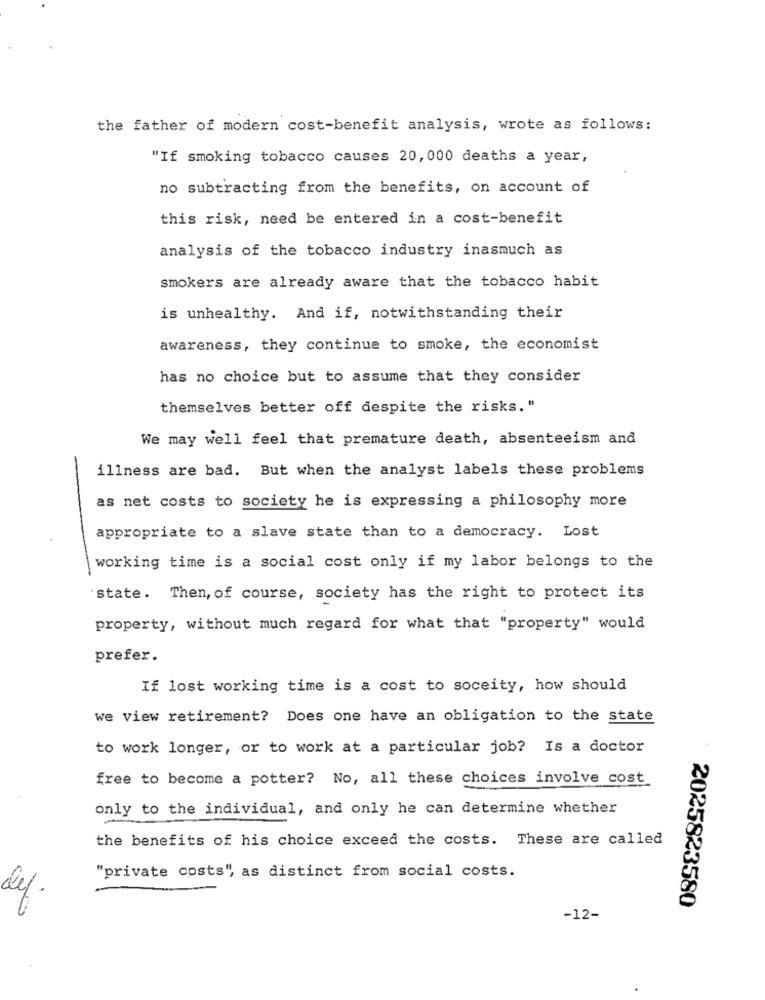
the father of modern cost-benefit analysis, wrote as follows:
"If smoking tobacco causes 20,000 deaths a year,
no subtracting from the benefits, on account of
this risk, need be entered in a cost-benefit
analysis of the tobacco industry inasmuch as
smokers are already aware that the tobacco habit
is unhealthy. And if, notwithstanding their
awareness, they continue to smoke, the economist
has no choice but to assume that they consider
themselves better off despite the risks."
We may well feel that premature death, absenteeism and
illness are bad. But when the analyst labels these problems
as net costs to society he is expressing a philosophy more
appropriate to a slave state than to a democracy. Lost
working time is a social cost only if my labor belongs to the
state. Then, of course, society has the right to protect its
property, without much regard for what that "property" would
prefer.
If lost working time is a cost to soceity, how should
we view retirement? Does one have an obligation to the state
to work longer, or to work at a particular job? Is a doctor
free to become a potter? No, all these choices involve cost
only to the individual, and only he can determine whether
the benefits of his choice exceed the costs. These are called
"private costs", as distinct from social costs.
def.
2025823580
-12-